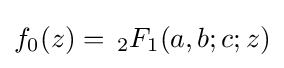
f_{0}(z)=\,_{2}F_{1}(a,b;c;z)